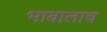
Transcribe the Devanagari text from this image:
भावालाच